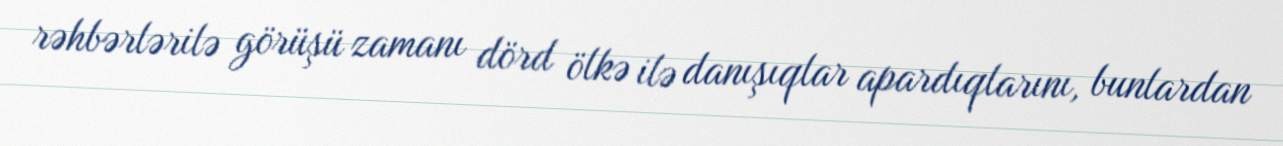
rəhbərlərilə görüşü zamanı dörd ölkə ilə danışıqlar apardıqlarını, bunlardan